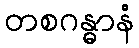
တစဂန္ဓာနံ